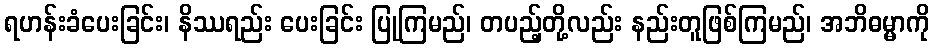
ရဟန်းခံပေးခြင်း၊ နိဿရည်း ပေးခြင်း ပြုကြမည်၊ တပည့်တို့လည်း နည်းတူဖြစ်ကြမည်၊ အဘိဓမ္မာကို